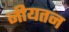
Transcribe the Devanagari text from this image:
नीयतन